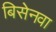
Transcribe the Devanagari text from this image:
बिसेनवा